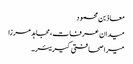
معاذ بن محمود
میدان عرفات، مجاہد مرزا
میرا صحافتی کیریئر۔